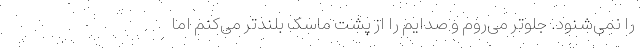
را نمی‌شنود. جلوتر می‌روم و صدایم را از پشت ماسک بلندتر می‌کنم اما